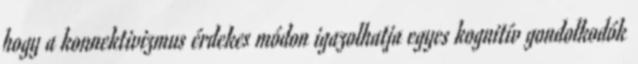
hogy a konnektivizmus érdekes módon igazolhatja egyes kognitív gondolkodók